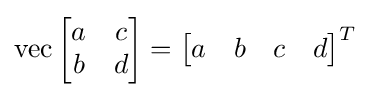
\operatorname {vec} {\begin{bmatrix}a&c\\b&d\end{bmatrix}}={\begin{bmatrix}a&b&c&d\end{bmatrix}}^{T}